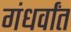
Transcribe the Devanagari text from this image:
गंधर्वांत